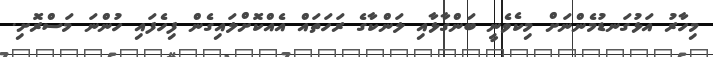
މިހާރު އަޅުގަނޑުމެންނަށް މިކެވެނީ ބަންގާޅާއި ލަންކާގެ ރަހަތައް އެއްކޮށްލައިގެން ފިހެފައި ހުންނަ މަސްރޮށި.